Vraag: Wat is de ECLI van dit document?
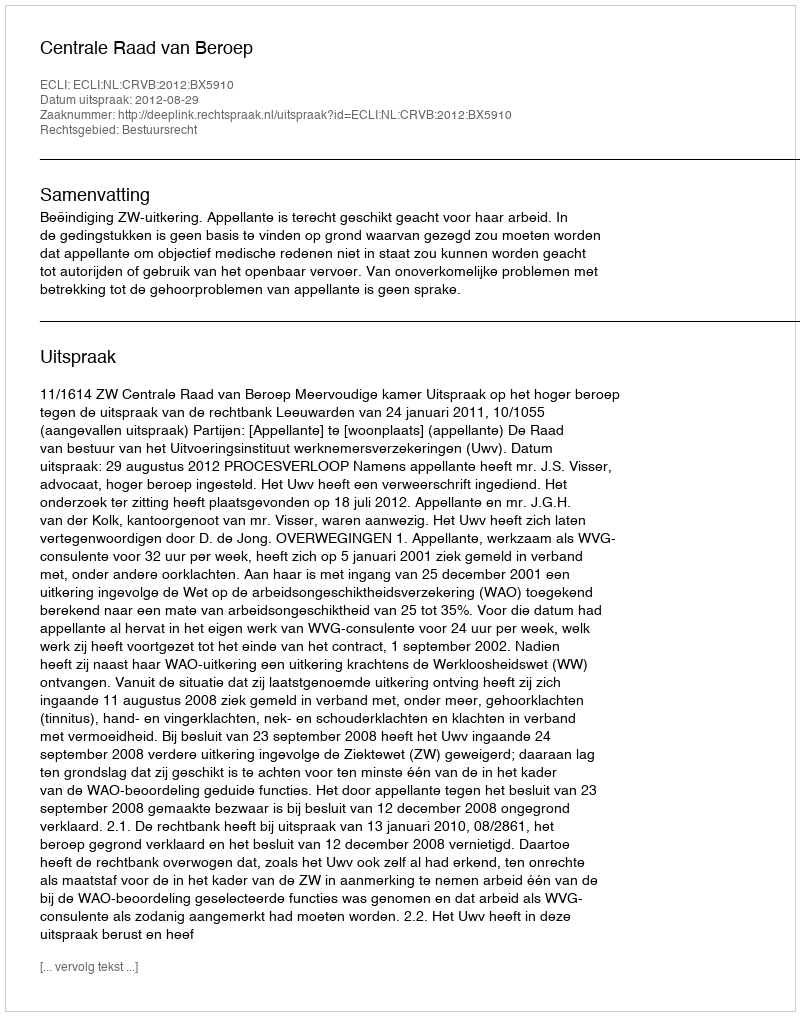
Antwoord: ECLI:NL:CRVB:2012:BX5910